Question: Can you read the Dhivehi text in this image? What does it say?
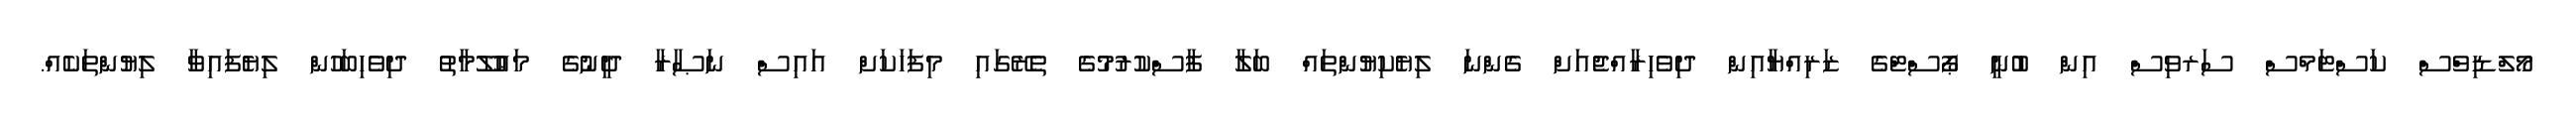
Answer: މޯލްޑިވްސް ކަސްޓަމްސް ސަރވިސް އިން ބުނީ ޕޯސްޓްގެ ޒަރިއްޔާއިން ދިވެހިރާއްޖެއަށް ގެންނަ ލިޔެކިޔުންތައް ބަލާ ފާސްކުރުމުގެ ތެރޭގައި މިފަހަކަށް އައިސް ނަޞާރާ ދީނުގެ މަޢުލޫމާތު ދިވެހިބަހުން ލިޔެފައިވާ ލިޔުންތަކެއް.